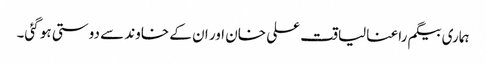
ہماری بیگم راعنا لیاقت علی خان اور ان کے خاوند سے دوستی ہو گئی۔